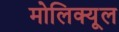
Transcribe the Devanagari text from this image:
मोलिक्यूल